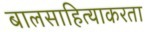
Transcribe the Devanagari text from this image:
बालसाहित्याकरता